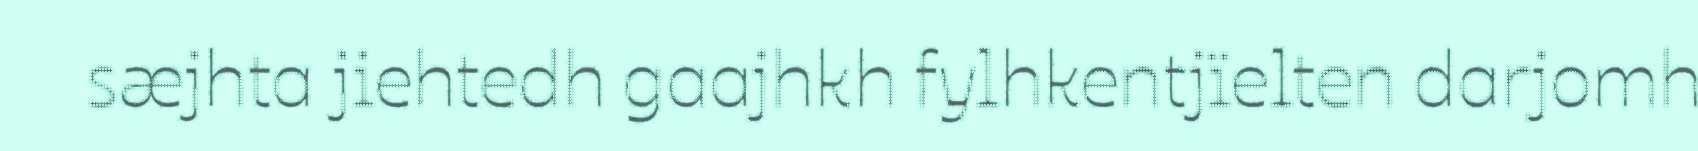
sæjhta jiehtedh gaajhkh fylhkentjïelten darjomh